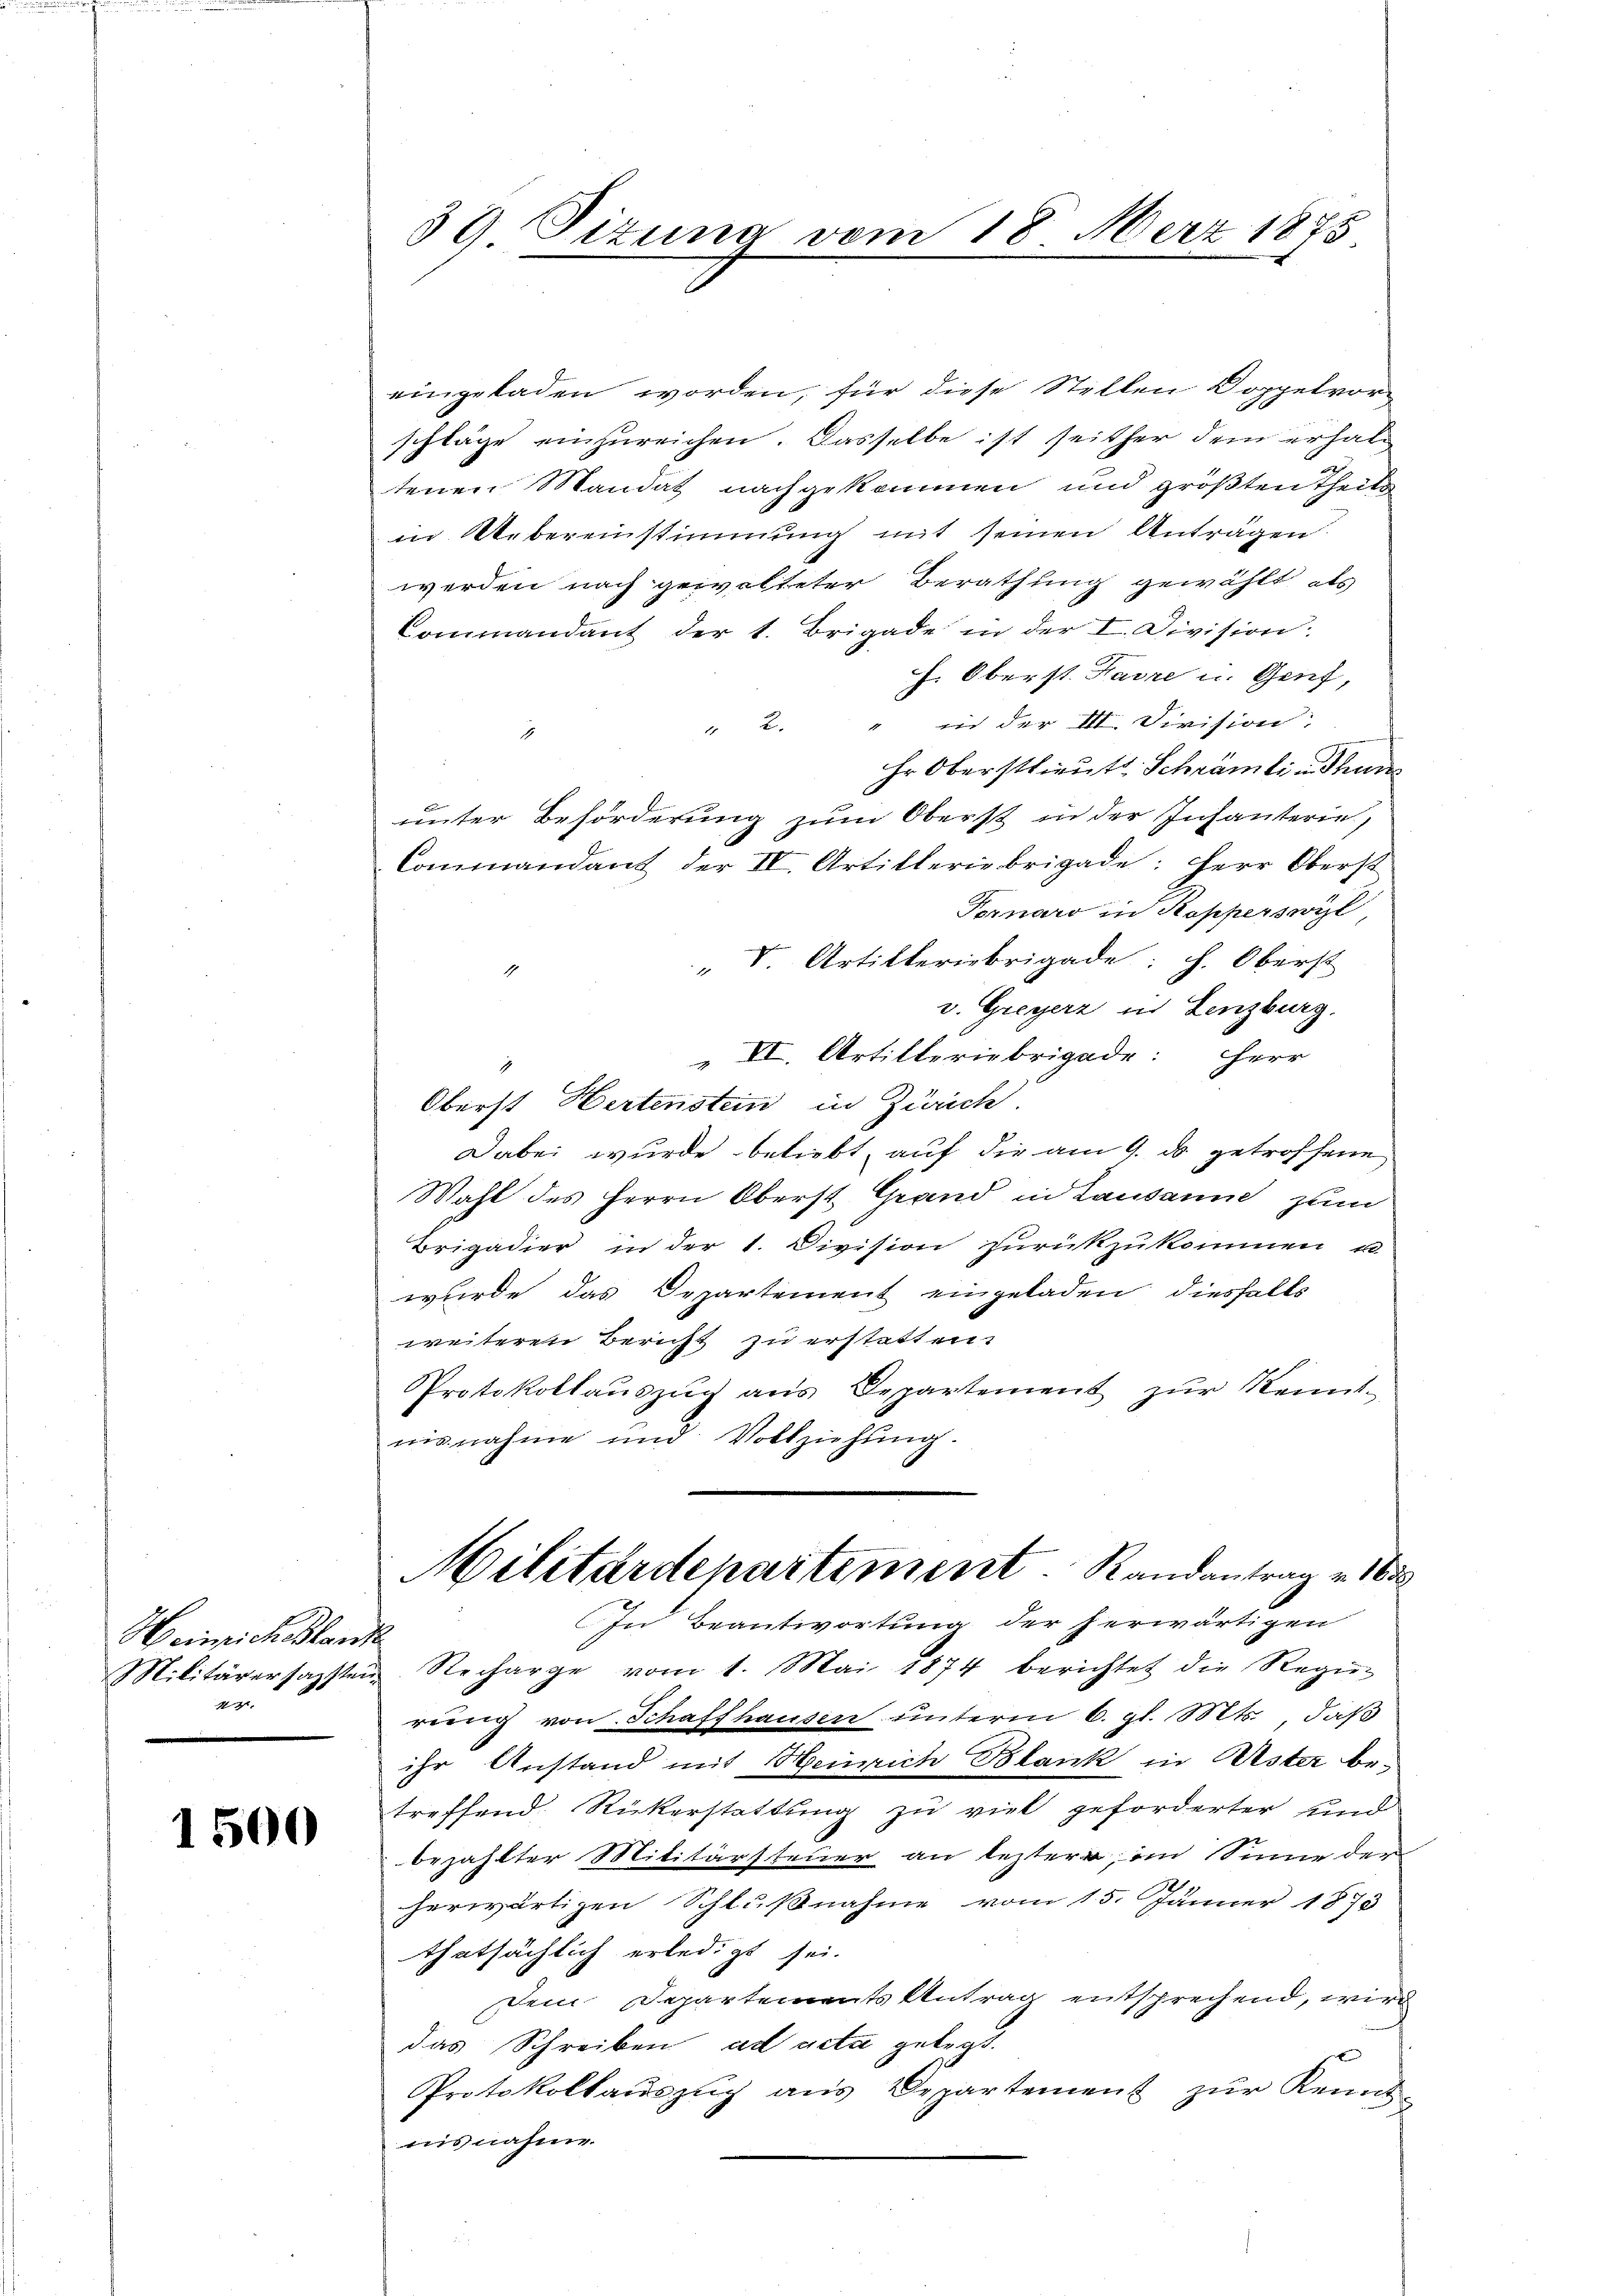
Heinrich lande
44

1500

39 Pizuna vom 18. März 1875.
.

eingeladen worden, für diese Stellen Doppelvorschläge einzŭreichen. Dasselbe ist seither dem erhaltenen Mandat nachgekommen und größten Theils
in Uebereinstimmung mit seinen Anträgen
werden nach gewalteter Berathung gewählt, als
Commandant der 1. Brigade in der I. Division:
H. Oberst Favre u. Genf,
" 2. " in der III. Division
Er Oberstlieut. Schrämten Thun
unter Beförderung zum Oberst in der Infanterie,
Commandant der IV. Artilleriebrigade: Herr Oberst
Fornaro in Kopperswil
" S. Artilleriebrigade: h. Oberst
.
v. Greyerz in Lenzburg.
" VI. Artilleriebrigade: Herr
Oberst Hertenstein in Zürich.
Dabei wurde beliebt, auf die am 9. ds. getroffene
Wahl des Herrn Oberst Grand in Lausanne zum
Brigadier in der 1. Division zurückzukommen u.
wurde das Departement eingeladen, diesfalls
weiteren Bericht zu erstatten.
Protokollauszug aus Departement zur Kenntnisnahme und Vollziehung.
Militärdepartiment. Randantrag v. 163
In Beantwortung der herwärtigen
Militärersagsten Recharge vom 1. Mai 1874 berichtet die Regier
rŭng von Schaffhausen ŭnterm 6. gl. Mts. daβ
ihr Anstand mit Heinrich Blank in Uster betreffend Rückerstattung zu viel geforderter und
bezahlter Militärsteuer an leztere, im Sinne der
herwärtigen Schlußnahme vom 15. Jänner 1875
thatsächlich erledigt sei.
Dem Departements Antrag entsprechend, wird
das Schreiben ad acta gelegt.
Protokollaŭszŭg aŭs Departement zŭr Kennt-
nisnahme.